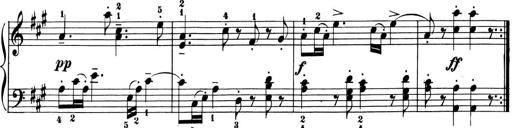
Title: 6 Piano Sonatinas
Composer: Cornelius Gurlitt